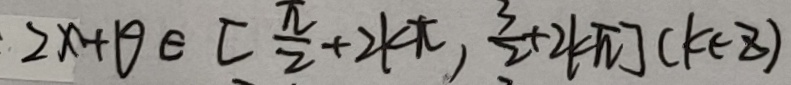
2 x + \theta \in [ \frac { \pi } { 2 } + 2 k \pi , \frac { 3 } { 2 } + 2 k \pi ] ( k \in z )